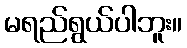
မရည်ရွယ်ပါဘူး။